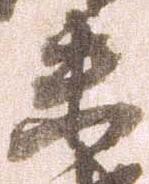
未